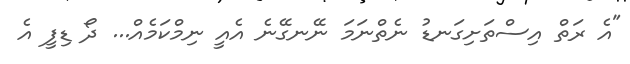
"އެ ރަތް އިސްތަށިގަނޑު ނެތްނަމަ ނޭނގޭނެ އެއީ ނިމްކަމެއް... ދޯ ޑިފީ އެ